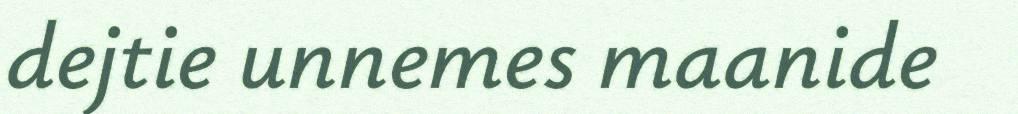
dejtie unnemes maanide